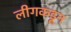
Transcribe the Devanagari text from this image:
लीगकडून